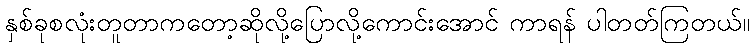
နှစ်ခုစလုံးတူတာကတော့ဆိုလို့ပြောလို့ကောင်းအောင် ကာရန် ပါတတ်ကြတယ်။